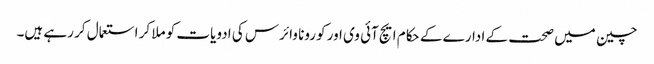
چین میں صحت کے ادارے کے حکام ایچ آئی وی اور کورونا وائرس کی ادویات کو ملا کر استعمال کر رہے ہیں۔